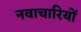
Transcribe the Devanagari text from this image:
नवाचारियों